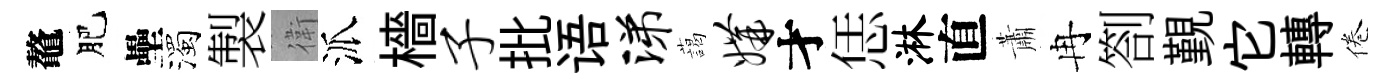
鼇肥壘濁製衛派檣子批语涕藹媾才恁淋直蕭冉劄覲它轉倦